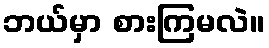
ဘယ်မှာ စားကြမလဲ။